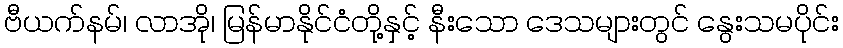
ဗီယက်နမ်၊ လာအို၊ မြန်မာနိုင်ငံတို့နှင့် နီးသော ဒေသများတွင် နွေးသမပိုင်း